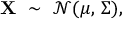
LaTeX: \mathbf { X } \ \sim \ { \mathcal { N } } ( { \boldsymbol { \mu } } , \, { \boldsymbol { \Sigma } } ) ,